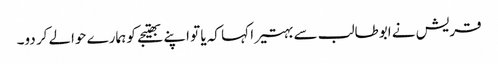
قریش نے ابوطالب سے بہتیرا کہا کہ یا تو اپنے بھتیجے کو ہمارے حوالے کر دو۔